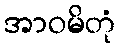
အာဝမိတုံ